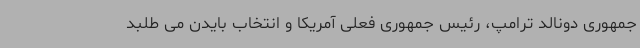
جمهوری دونالد ترامپ، رئیس جمهوری فعلی آمریکا و انتخاب بایدن می طلبد